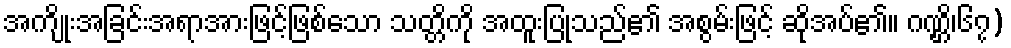
အကျိုးအခြင်းအရာအားဖြင့်ဖြစ်သော သတ္တိကို အထူးပြုသည်၏ အစွမ်းဖြင့် ဆိုအပ်၏။ ဂဏ္ဌိ၊၆၇)